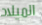
الميلاد